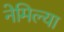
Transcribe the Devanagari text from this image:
नेमिल्या